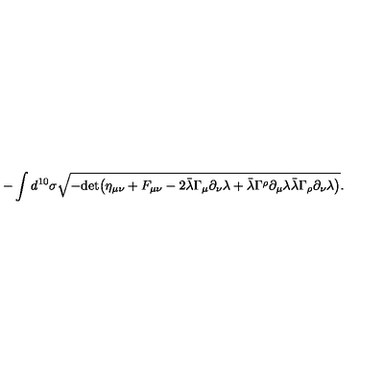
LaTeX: - \int d ^ { 1 0 } \sigma \sqrt { - \mathrm { d e t } \big ( \eta _ { \mu \nu } + F _ { \mu \nu } - 2 \bar { \lambda } \Gamma _ { \mu } \partial _ { \nu } \lambda + \bar { \lambda } \Gamma ^ { \rho } \partial _ { \mu } \lambda \bar { \lambda } \Gamma _ { \rho } \partial _ { \nu } \lambda \big ) } .